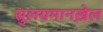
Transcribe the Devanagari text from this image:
सुलयमानख़ेल